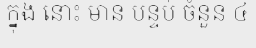
ក្នុង នោះ មាន បន្ទប់ ចំនួន ៤